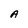
Character: A